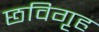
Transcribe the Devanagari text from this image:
छविगृह